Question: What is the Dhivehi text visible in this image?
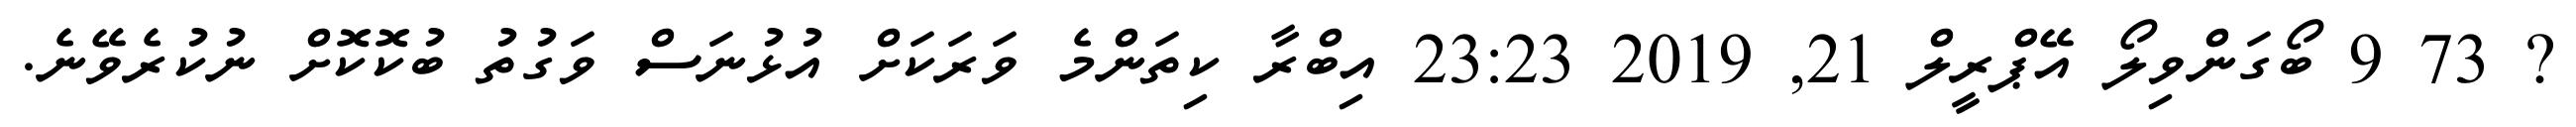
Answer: ? 73 9 ބޯގަންވިލޯ އޭޕްރީލް 21, 2019 23:23 އިބްރާ ކިތަންމެ ވަރަކަށް އުޅުނަސް ވަގުތު ބުކޮކޮށް ނުކުރެވޭނެ.